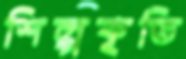
শিল্পকৃতি